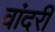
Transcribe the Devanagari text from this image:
वांदरी